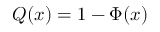
Q ( x ) = 1 - \Phi ( x )